Language: tamil
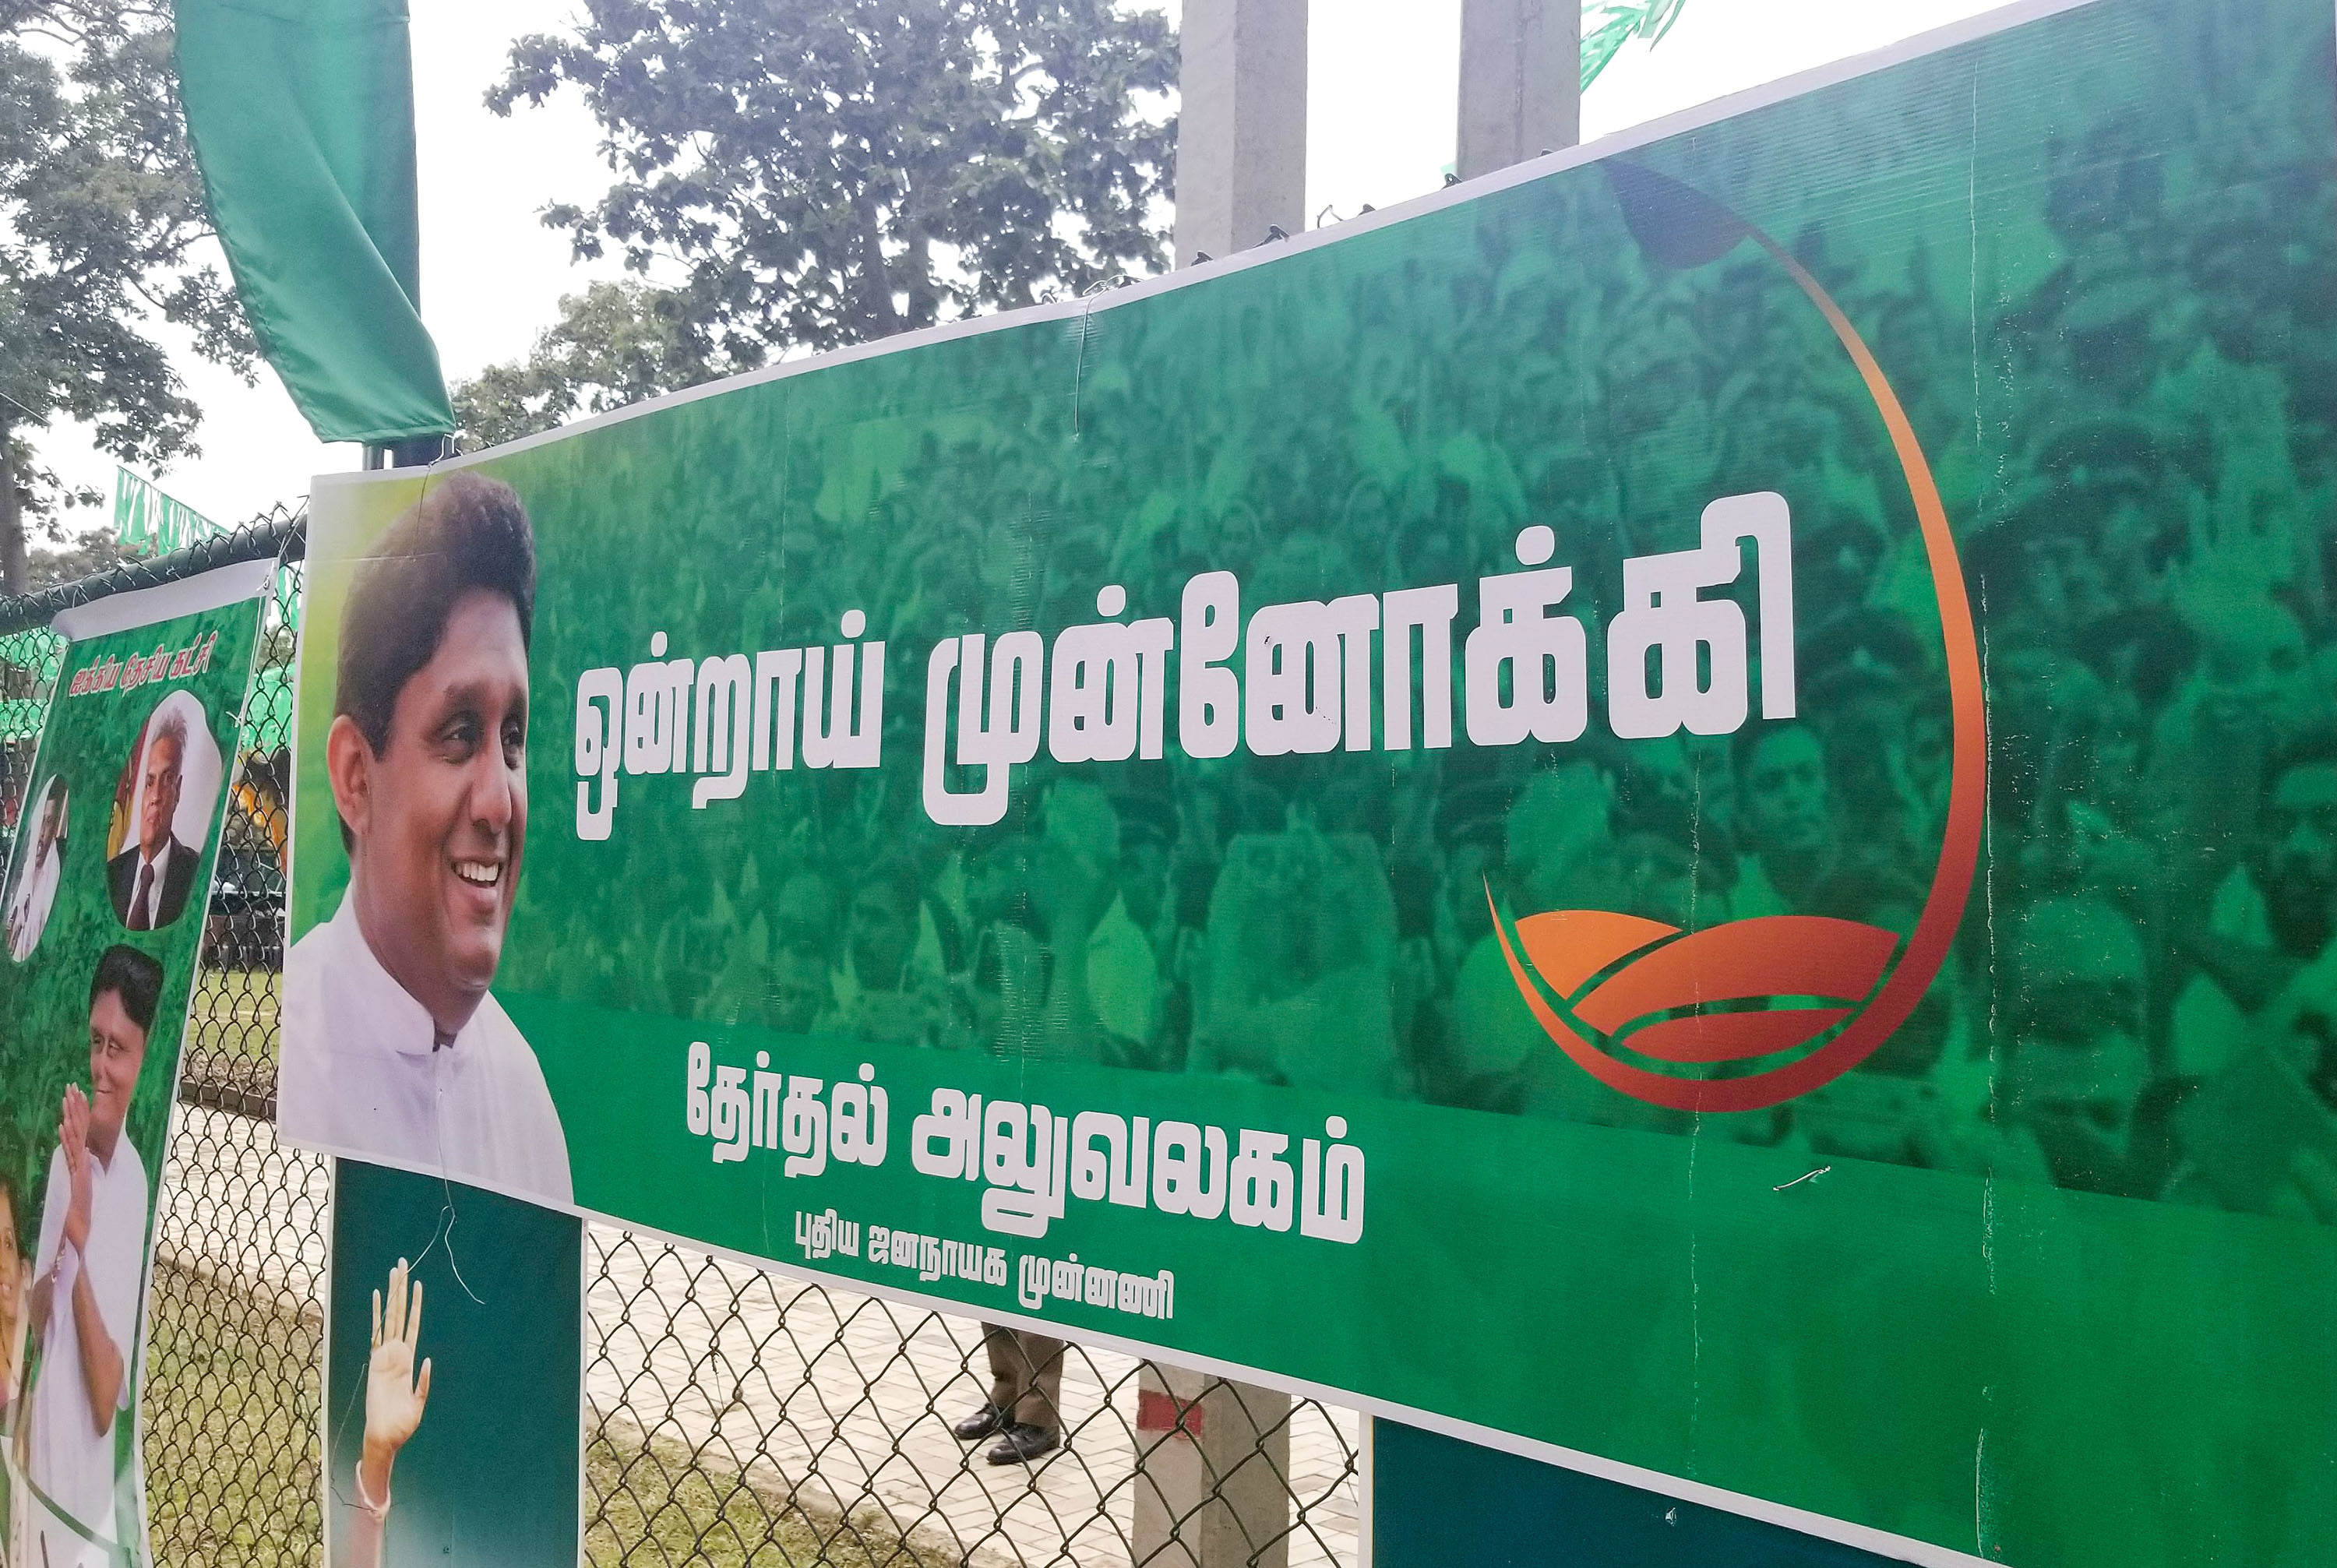
Transcription: ஒன்றாய் தேர்தல் அலுவலகம் ஜனநாயக முன்னணி முன்னோக்கி புதிய